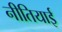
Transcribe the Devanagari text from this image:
नीतियाई